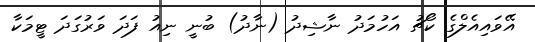
އޭވައިއެލްގެ ކޯޗު އަހުމަދު ނާޝިދު (ނާދު) ބުނީ ނިއު ފަދަ ވަރުގަދަ ޓީމަކާ